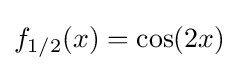
f_{1/2}(x)=\cos(2x)